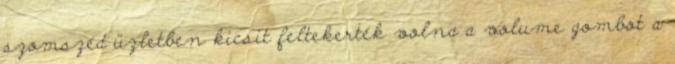
szomszéd üzletben kicsit feltekerték volna a volume gombot a